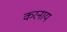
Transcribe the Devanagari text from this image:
करनाय